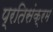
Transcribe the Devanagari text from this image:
प्रतिसंक्रम